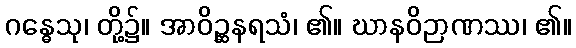
ဂန္ဓေသု၊ တို့၌။ အာဝိဉ္ဆနရသံ၊ ၏။ ဃာနဝိဉာဏဿ၊ ၏။